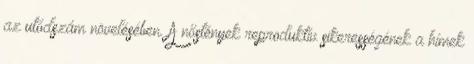
az utódszám növelésében. A nőstények reproduktív sikerességének a hímek